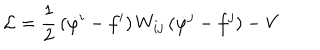
{ \cal L } = \frac { 1 } { 2 } \, ( \dot { \varphi } ^ { i } - f ^ { i } ) \, W _ { i j } \, ( \dot { \varphi } ^ { j } - f ^ { j } ) - V